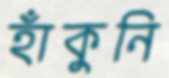
হাঁকুনি